system: You are a helpful assistant.
user:
Analyze the provided spectrum to determine if it is a **M-type Giant (gM)**.

A M-type Giant spectrum is defined by its **strong molecular absorption** features, particularly from **Titanium Oxide (TiO)**. You must check for one of the following mutually exclusive signatures:

- **Key Visual Indicators (Absorption-Dominated Spectrum):**

    - **(Primary):** The spectrum is dominated by strong molecular absorption from **Titanium Oxide (TiO)**. This is the **defining feature** of its M-type temperature class.
        - **(Key Bandheads):** Look for sharp, "saw-tooth" absorption valleys. The strongest are located near **~7050 Å**, **~6160 Å**, and **~5170 Å**.
        - **(Line Profile):** The "saw-tooth" morphology is critical: a **sharp, steep drop on the BLUE (short-wavelength) side** of the bandhead, followed by a gradual recovery (rising flux) towards the RED (long-wavelength) side.

    - **(Key Confirmation - Giant vs. Dwarf):** **ABSENCE** of strong **Calcium Hydride (CaH)** molecular bands. This is the primary diagnostic for *excluding* M-dwarfs.
        - **(Key Region):** The spectrum should lack the strong, broad absorption band seen in dwarfs between **~6800 Å and ~7000 Å**.

    - **(Secondary Confirmation - Giant):** A very strong and broad **Neutral Calcium (Ca I)** atomic absorption line.
        - **(Key Line):** Located at **~4226 Å**. In a giant (gM), this line is significantly deeper and broader than the same line in an M-dwarf (dM) due to low surface gravity.

    - **(Overall Spectrum):**
        - The continuum is **extremely red-sloping** (i.e., flux is very low in the blue and rises dramatically towards the red).
        - The entire spectrum appears "chopped up" by the deep TiO bands.

Think first, call **spectral_visualization_tool** if needed to examine features in detail, then provide your final answer. Your response must adhere to the following strict rules:
1.  **Overall Structure:** Your response must follow the format `<think>...</think> <tool_call>...</tool_call> (if a tool is used) <answer>...</answer>`.
2.  **Tool Usage Constraint:** You may only make **one** tool call per turn.
3.  **Final Answer Format:** In the `<answer>` tag, your conclusion must be inside a `\boxed{}` command (e.g., `\boxed{YES}` or `\boxed{NO}`), followed by your justification.

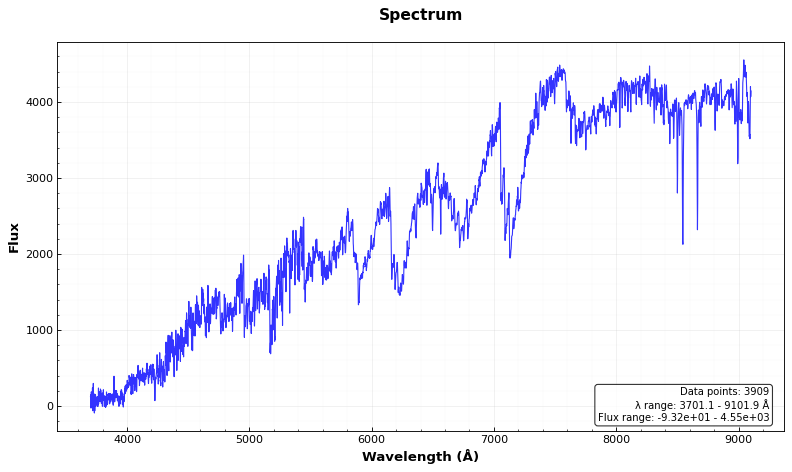
Answer: YES